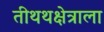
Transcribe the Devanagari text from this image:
तीथथक्षेत्राला